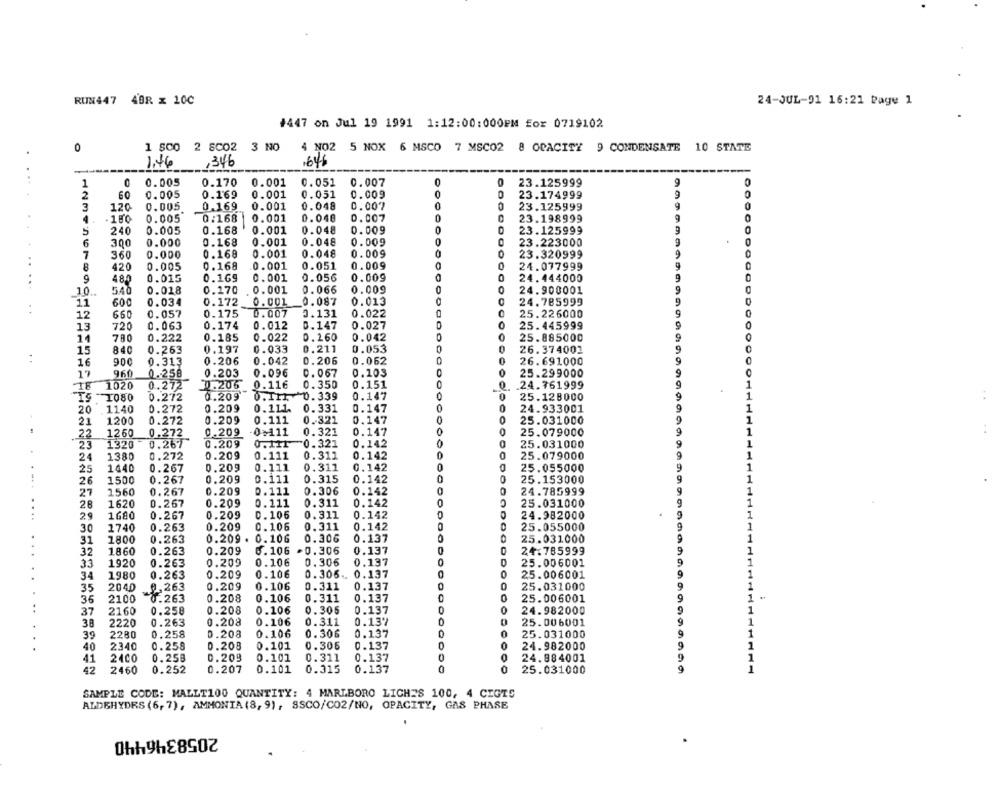
RUN447 40R x 10C
24-JUL-91 16:21 Page 1
#447 on Jul 19 1991 1:12:00:000PM for 0719102
0
1 SCO 2 SC02 3 NO
4 NO2 5 NOX 6 MSCO 7 MSC02 8 OPACITY 9 CONDENSATE 10 STATE
1.46
,346
1646
...
1
0.005
0.170
0.001
0.051
0.007
0
23.125999
2
60
0.005
0.169
0.001
0.051
0.009
0
23.174999
0
3
120
0.005
0.169
0.001
0.048
0.007
0
23.125999
9
0
0.005
0:168
0.001
0.040
0.007
0
23.198999
5
240
0.005
0.168
0.001
0.048
0.009
23.125999
6
300
0.000
0.168
0.001
0.048
0.009
0
23.223000
7
0.000
0.168
0.001
0.048
0.009
0
23.320999
360
..
8
420
0.005
0.168
0.001
0.051
0. 009
0
24.077999
9
480
0.015
0.169
0.001
0.056
0.009
24.444000
9
10 ..
540
0.018
0.170
0.001
0.066
0.009
0
00
24.900001
9
11
600
0.034
0.172
0.001
0.087
0.013
24.785999
. .
12
660
0.057
0.175
0.007
0.131
0.022
0
25.226000
9
0.012
0.147
0.027
25.445999
13
720
0.063
0.174
780
0.222
0.185
0.022
0. 260
0.042
25.885000
9
15
0.197
0.033
0.211
0.053
0
26.374001
0
840
0.263
16
900
0.313
0.206
0.042
0.206
0.062
26.691000
9
17
9.60
0.096
0.067
0.103
O
25.299000
0.258
0.203
18 1020
0.272
0.206
0.116
0.350
0.151
.24.761999
1
0.209
0.TIL. 0.339
0.147
25.128000
1
IS 1080
0.272
20
1140
0.272
0.209
0.111.
0.331
0.147
0
24.933001
9
1
0.111
0.321
0.147
25.031000
21
1200
0.272
0.209
22
1260
0.272
0.209
-0.111
0.321
0.147
0
25.079000
1
23
1320
0.267
0.209
0.111
0.321
0.142
25.031000
9
1
24
1380
0.272
0.209
0.111
0.311
0.142
25.079000
9
1
25
1440
0.267
0.209
0.111
0.311
0.142
0
25.055000
y
1
26
1500
0.267
0.209
0.111
0.315
0.142
0
25.153000
9
1
1560
0.209
0.111
0.306
0.142
24.785999
9
1.
27
0.267
28
1620
0.267
0.209
0.111
0.311
0.142
0
25.031000
9
1
29
0.267
0.209
0.106
0.311
0.142
24.982000
1
........
1680
30
1740
0.263
0.209
0.106
0.311
0.142
25.055000
1
31
1800
0.263
0.209 . 0.106
0.306
0.137
25.031000
1
32
1860
0.263
0.209
6.106
-0.306
0.137
0
24.785999
33
1920
0.263
0.209
0.106
0.306
0.137
0
25.006001
ODOOOOO
34
1980
0.263
0.209
0.106
0.306 .. 0.137
25.006001
9
1
0.209
0.106
0.311
0.137
0
25.031000
9
35
2040
9,263
36
2100
-8.263
0.208
0.106
0.311
0.137
0
25.006001
..
0.258
0.208
0.106
0.305
0.137
0
0
24.982000
37
2160
38
2220
0.263
0.208
0.106
0.311
0.137
0
25.006001
1
2280
0.258
0.208
0.106
0.306
0.137
0
25.031000
1
39
40
2340
0.258
0.208
0.101
0.306
0.137
CO
0
24.982000
1
2400
0.258
0.209
0.101
0.311
0.137
0
0
24.884001
41
42
2460
0.252
0.207
0.101
0.315
0.137
0
0
25.031000
1
SAMPLE CODE: MALLT100 QUANTITY: 4 MARLBORO LICHES 100, 4 CIGTS
ALDEHYDRS (6, 7), AMMONIA (8, 9), SSCO/CO2/NO, OPACITY, GAS PHASE
2058346440